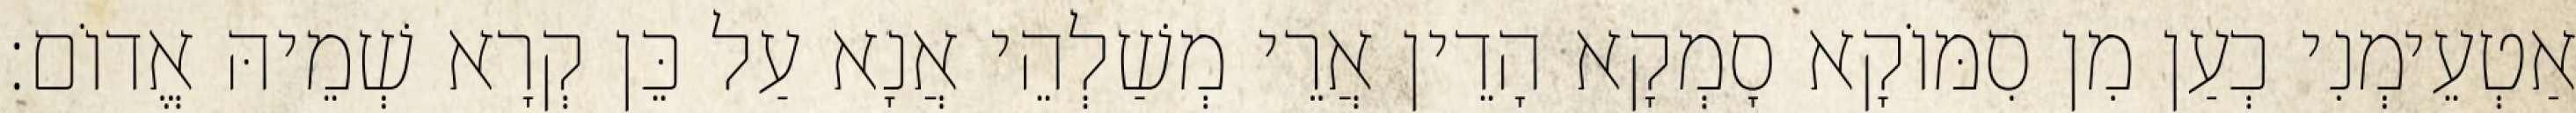
אַטְעֵימְנִי כְעַן מִן סִמּוֹקָא סָמְקָא הָדֵין אֲרֵי מְשַׁלְהֵי אֲנָא עַל כֵּן קְרָא שְׁמֵיהּ אֱדוֹם׃